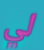
لي